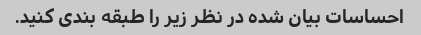
احساسات بیان شده در نظر زیر را طبقه بندی کنید.